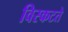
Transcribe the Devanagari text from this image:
विस्कटते